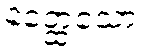
နတ္ထေသော